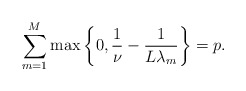
\begin{align*}\sum_{m=1}^{M}\max\left\{0,\frac{1}{\nu}-\frac{1}{L\lambda_m}\right\}=p.\end{align*}